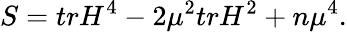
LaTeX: S=trH^{4}-2{\mu}^{2}trH^{2}+n{\mu}^{4}.